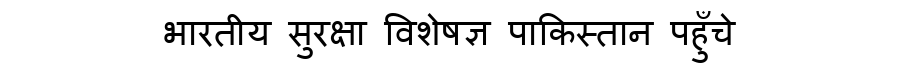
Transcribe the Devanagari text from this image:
भारतीय सुरक्षा विशेषज्ञ पाकिस्तान पहुँचे